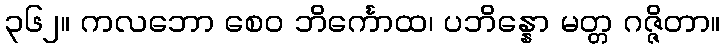
၃၆၂။ ကလဘော စေဝ ဘိင်္ကောထ၊ ပဘိန္နော မတ္တ ဂဇ္ဇိတာ။